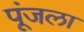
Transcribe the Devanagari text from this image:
पूंजला